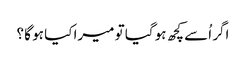
اگر اُسے کچھ ہو گیا تو میرا کیا ہو گا ؟